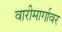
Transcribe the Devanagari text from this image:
वारीमार्गावर